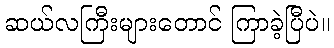
ဆယ်လကြီးများတောင် ကြာခဲ့ပြီပဲ။